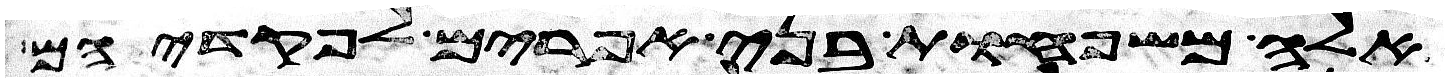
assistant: אלה משפחות בני אפרים לפקדיהם